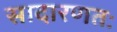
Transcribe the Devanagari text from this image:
सादारणतः